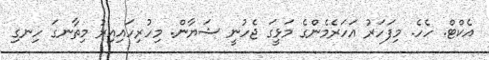
އެކްޓް. ހެހެ. މިފަހަރު އަހަރެމެންގެ މަޅީގަ ޖެހުނީ ޝަޔާން. މިހުރިހައިއިރު މިތާނގަ ހިނގި